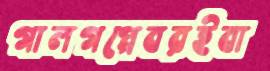
গালগপ্পেবরইবা